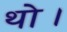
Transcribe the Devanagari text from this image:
थाे।